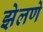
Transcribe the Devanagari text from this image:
झेलणे